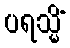
ပရသ္မိံ